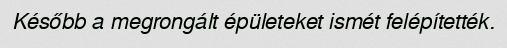
Később a megrongált épületeket ismét felépítették.